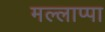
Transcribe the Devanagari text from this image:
मल्लाप्पा